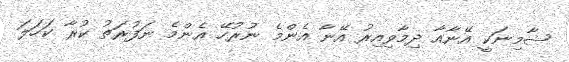
ޝާމިނަކީ އޭނާއާ ދިމާވިއިރު އޭނާ އެންމެ ނުރުހޭ އެންމެ ނަފުރަތު ކުރާ ކަހަލަ